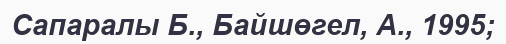
Сапаралы Б., Байшөгел, А., 1995;